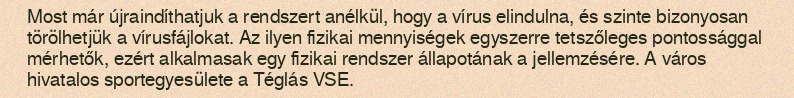
Most már újraindíthatjuk a rendszert anélkül, hogy a vírus elindulna, és szinte bizonyosan törölhetjük a vírusfájlokat. Az ilyen fizikai mennyiségek egyszerre tetszőleges pontossággal mérhetők, ezért alkalmasak egy fizikai rendszer állapotának a jellemzésére. A város hivatalos sportegyesülete a Téglás VSE.